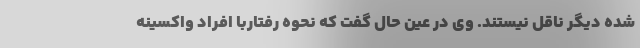
شده دیگر ناقل نیستند. وی در عین حال گفت که نحوه رفتاربا افراد واکسینه